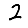
Digit: 2